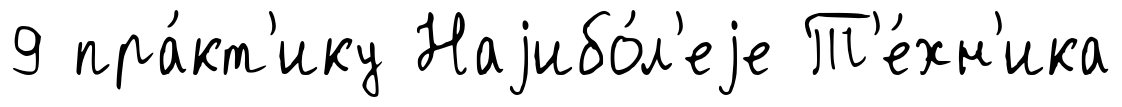
9 пра́кт'ику Наjибо́л'еjе Т'е́хн'ика